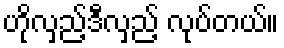
ဟိုလှည့်ဒီလှည့် လုပ်တယ်။